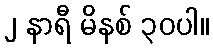
၂ နာရီ မိနစ် ၃၀ပါ။